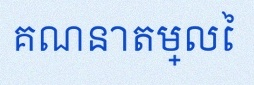
គណនាតម្លៃ